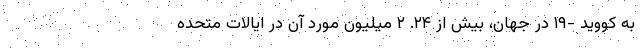
به کووید -۱۹ در جهان، بیش از ۲۴. ۲ میلیون مورد آن در ایالات متحده